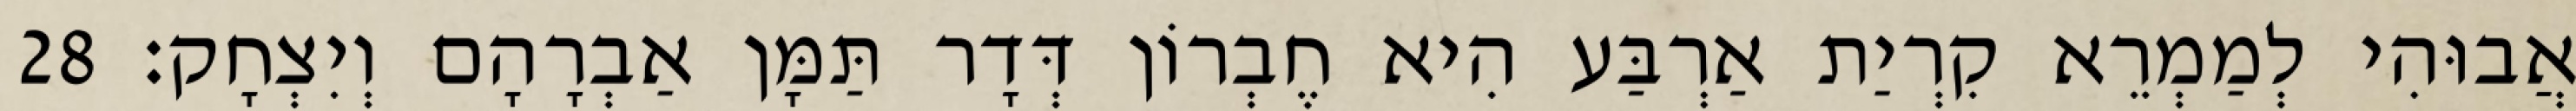
אֲבוּהִי לְמַמְרֵא קִרְיַת אַרְבַּע הִיא חֶבְרוֹן דְּדָר תַּמָּן אַבְרָהָם וְיִצְחָק׃ 28